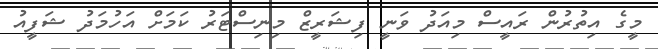
މީގެ އިތުރުން ރައީސް މިއަދު ވަނީ ފިޝަރީޒް މިނިސްޓަރު ކަމަށް އަހުމަދު ޝަފީއު